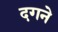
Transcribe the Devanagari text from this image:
दगने